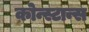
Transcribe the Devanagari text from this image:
कोन्स्टान्स